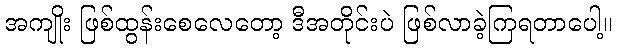
အကျိုး ဖြစ်ထွန်းစေလေတော့ ဒီအတိုင်းပဲ ဖြစ်လာခဲ့ကြရတာပေါ့။